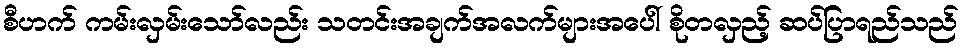
စီဟက် ကမ်းလှမ်းသော်လည်း သတင်းအချက်အလက်များအပေါ် စိုတလှည့် ဆပ်ပြာရည်သည်